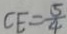
C E = \frac { 5 } { 4 }